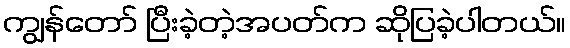
ကျွန်တော် ပြီးခဲ့တဲ့အပတ်က ဆိုပြခဲ့ပါတယ်။